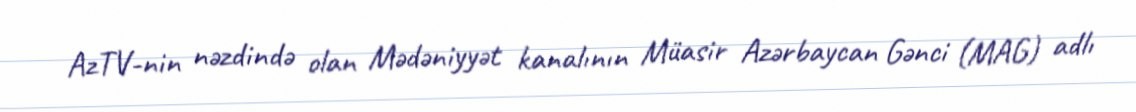
AzTV-nin nəzdində olan Mədəniyyət kanalının Müasir Azərbaycan Gənci (MAG) adlı